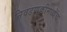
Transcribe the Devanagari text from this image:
निवडणुकीमध्येच